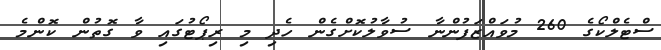
ސްޓެލްކޯގެ 260 މުވައްޒަފުންނާ ސުވާލުކޮށްގެން ހެދި މި ރިޕޯޓުގައި ވާ ގޮތުން ކޮންމެ